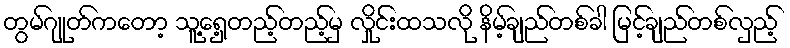
တွမ်ဂျုတ်ကတော့ သူ့ရှေ့တည့်တည့်မှ လှိုင်းထသလို နိမ့်ချည်တစ်ခါ မြင့်ချည်တစ်လှည့်